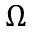
\Omega